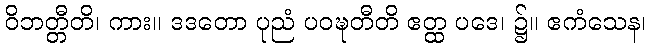
ဝိဘတ္တီတိ၊ ကား။ ဒဒတော ပုညံ ပဝဍ္ဎတီတိ ဧတ္ထ ပဒေ၊ ၌။ ဧကံသေန၊